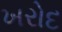
ખરોદ